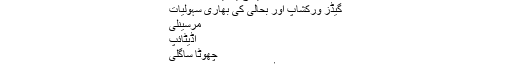
ESHOT گیراج یہ ہیں:
گیڈز ورکشاپ اور بحالی کی بھاری سہولیات
مرسینلی
اڈیٹائپ
چھوٹا ساگلی
ESHOT ایڈریس کہاں ہے؟